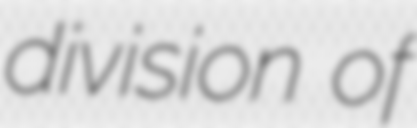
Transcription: division of